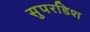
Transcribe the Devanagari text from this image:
सुपरडिश